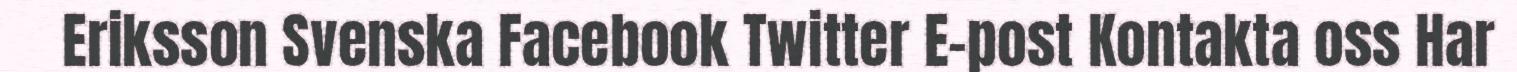
Eriksson Svenska Facebook Twitter E-post Kontakta oss Har